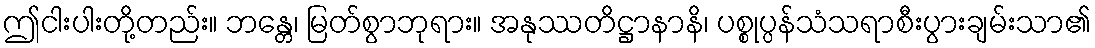
ဤငါးပါးတို့တည်း။ ဘန္တေ၊ မြတ်စွာဘုရား။ အနုဿတိဋ္ဌာနာနိ၊ ပစ္စုပ္ပန်သံသရာစီးပွားချမ်းသာ၏